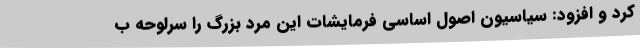
کرد و افزود: سیاسیون اصول اساسی فرمایشات این مرد بزرگ را سرلوحه ب